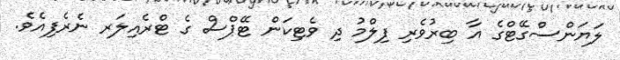
ލަޔަންސްގޭޓްގެ އާ ބިރުވެރި ފިލްމު ދި ވެޓިކަން ޓޭޕްސް ގެ ޓްރެއިލަރ ނެރެފިއެވެ.